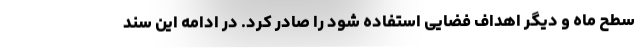
سطح ماه و دیگر اهداف فضایی استفاده شود را صادر کرد. در ادامه این سند